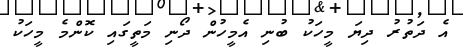
އެ ދަތުރު ދިޔަ މީހަކު ބުނި އެމީހުން ދޯނި މަތީގައި ކޮންމެ މީހަކު